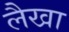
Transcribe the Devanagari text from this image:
लैखा